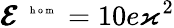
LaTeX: \pmb{{\cal E}}^{\mathrm{~\tiny~{~h~o~m~}~}}=10e\varkappa^{2}